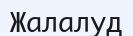
Жалалуд